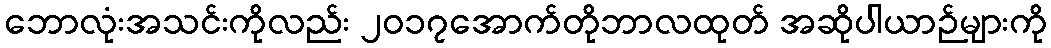
ဘောလုံးအသင်းကိုလည်း ၂၀၁၇အောက်တိုဘာလထုတ် အဆိုပါယာဉ်များကို